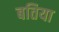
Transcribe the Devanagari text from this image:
बतिया